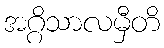
အဂ္ဂိသာလမှီတိ